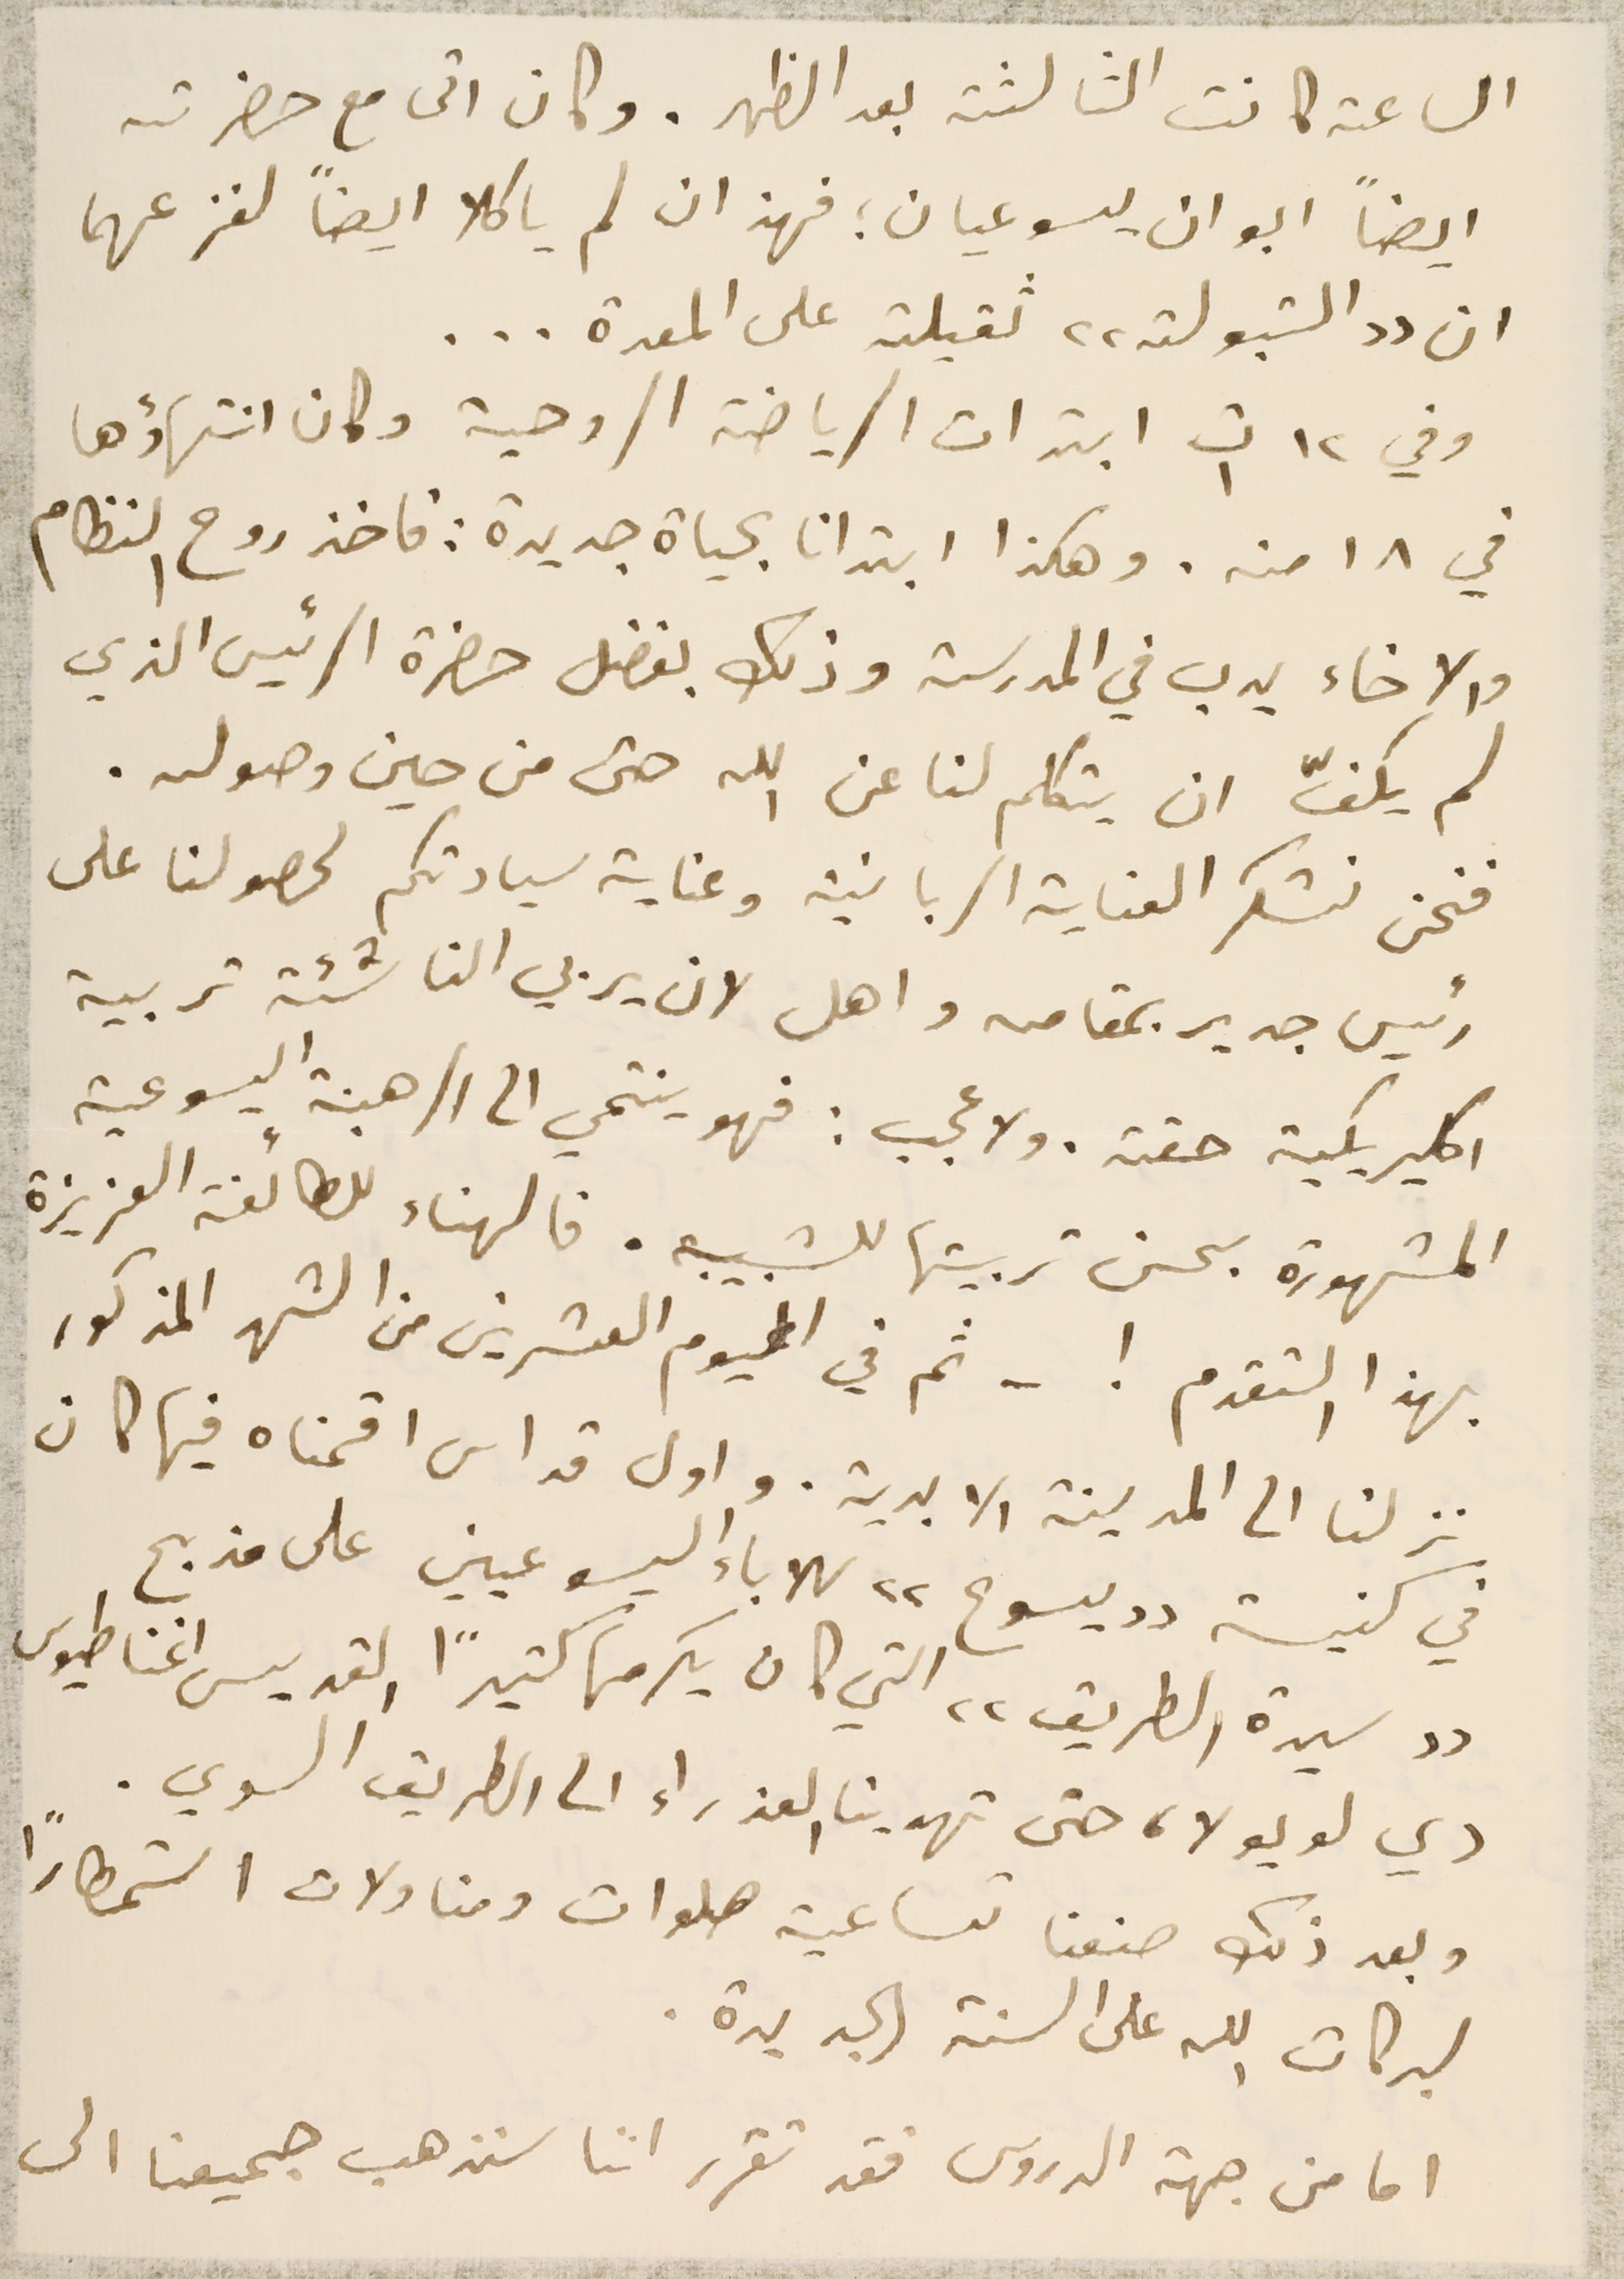
الساعة كانت الثالثة بعد الظهر. وكان اتى مع حضرته
ايضاً ابوان يسوعيان ؛ فهذان لم ياكلا ايضاً لفزعهما
ان "التبولة" ثقيلة على المعدة ...
وفي ١٢ ت١ ابتدات الرياضة الروحية وكان انتهاؤها
في ١٨ منه. وهكذا ابتدانا بحياة جديدة: فاخذ روح النظام
والاخاء يدب في المدرسة وذلك بفضل حضرة الرئيس الذي
لم يكفّ ان يتكلم لنا عن الله حتى من حين وصوله.
فنحن نشكر العناية الربانية وعناية سيادتكم لحصولنا على
رئيس جديد بمقامه واهل لان يربي الناشئة تربية
اكليريكية حقة. ولا عجب: فهو ينتمي الى الرهبنة اليسوعية
المشهورة بحسن تربيتها للشبيبه. فالهناء للطائفة العزيزة
بهذا التقدم ! – ثم في اليوم العشرين من الشهر المذكور
نزلنا الى المدينة الابدية. واول قداس اقمناه فيها كان
في كنيسة "يسوع" للاباء اليسوعيين على مذبح
"سيدة الطريق" التي كان يكرمها كثيرًا القديس اغناطيوس
دي لويولا، حتى تهدينا العذراء الى الطريق السوي.
وبعد ذلك صنعنا تساعية صلوات ومناولات استمطارًا
لبركات الله على السنة الجديدة.
اما من جهة الدروس فقد تقرر اننا سنذهب جميعنا الى